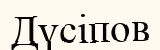
Дүсіпов